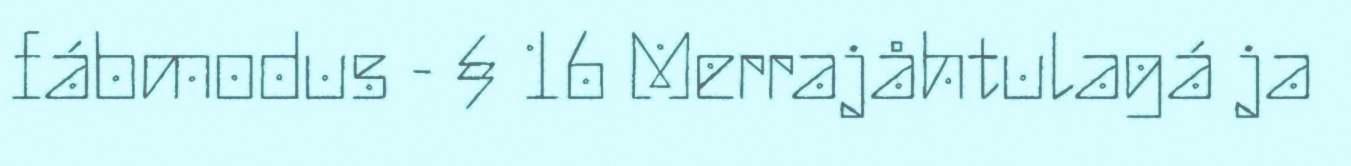
fábmodus - § 16 Merrajåhtulagá ja